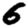
Digit: 6